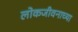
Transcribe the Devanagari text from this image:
लोकजीवनाच्या